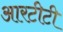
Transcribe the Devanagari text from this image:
आरटीटी